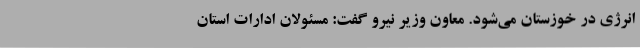
انرژی در خوزستان می‌شود. معاون وزیر نیرو گفت: مسئولان ادارات استان